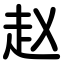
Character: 赵